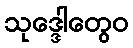
သုဒ္ဒေါတွေဝ